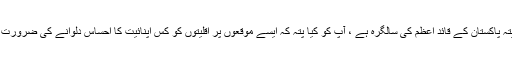
آپ کو کیا پتہ پاکستان کے قائدِ اعظم کی سالگرہ ہے ، آپ کو کیا پتہ کہ ایسے موقعوں پر اقلیتوں کو کس اپنائیت کا احساس دلوانے کی ضرورت ہو تی ہے ۔